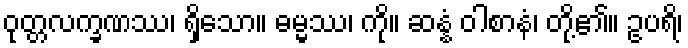
ဝုတ္တလက္ခဏဿ၊ ရှိသော။ ဓမ္မဿ၊ ကို။ ဆန္နံ ဝါစာနံ၊ တို့၏။ ဥပရိ၊